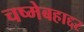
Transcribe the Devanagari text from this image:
चष्मेबहाद्दर